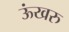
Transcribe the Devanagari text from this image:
ऊंखरु